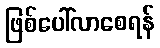
ဖြစ်ပေါ်လာစေရန်